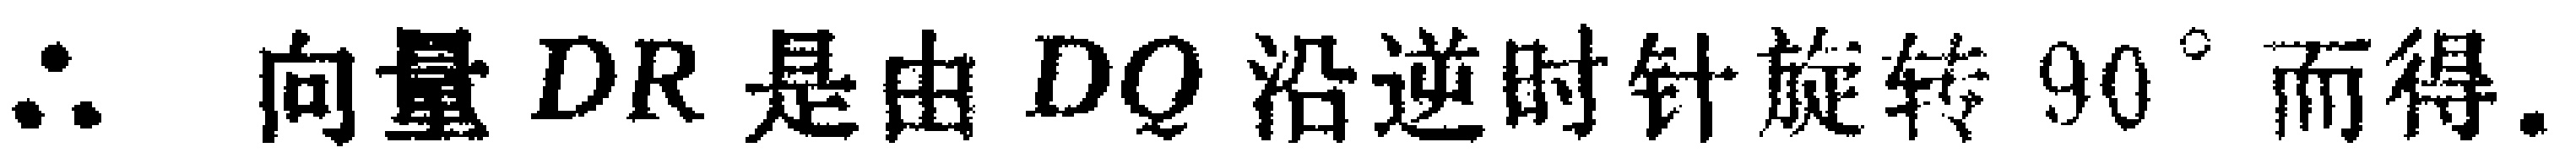
$\therefore$ 向量 $DR$ 是由 $DQ$ 沿逆时针旋转 $90^{\circ}$ 而得.